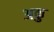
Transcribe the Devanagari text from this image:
अकु